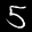
Label: 5